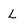
Character: L